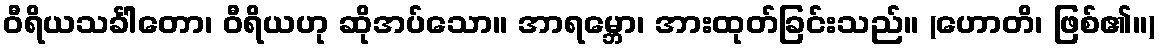
ဝီရိယသင်္ခါတော၊ ဝီရိယဟု ဆိုအပ်သော။ အာရမ္ဘော၊ အားထုတ်ခြင်းသည်။ (ဟောတိ၊ ဖြစ်၏။)